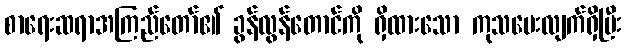
စာရေးဆရာအကြည်တော်၏ ခွန်လွန်တောင်ကို ရှိထားသော ကုသပေးလျက်ရှိပြီး